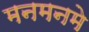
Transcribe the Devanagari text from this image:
मनमनमे